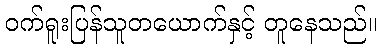
ဝက်ရူးပြန်သူတယောက်နှင့် တူနေသည်။